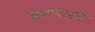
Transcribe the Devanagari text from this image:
करणारच